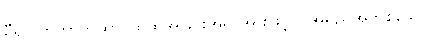
မှီ၍။ တထာတထာ၊ ထိုထိုအခြင်းအရာအားဖြင့်။ (အရှည်အတိုစသော